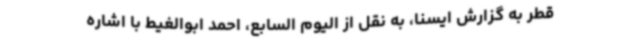
قطر به گزارش ایسنا، به نقل از الیوم السابع، احمد ابوالغیط با اشاره